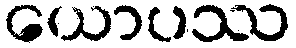
ယောပဿ